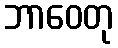
ဘာဝေတု